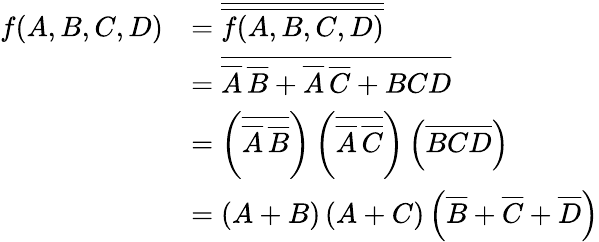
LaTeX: {\begin{array}{rl}{f(A,B,C,D)}&{={\overline{{\overline{{f(A,B,C,D)}}}}}}\\ &{={\overline{{{\overline{{A}}}\, {\overline{{B}}}+{\overline{{A}}}\, {\overline{{C}}}+BCD}}}}\\ &{=\left({\overline{{{\overline{{A}}}\, {\overline{{B}}}}}}\right)\left({\overline{{{\overline{{A}}}\, {\overline{{C}}}}}}\right)\left({\overline{{BCD}}}\right)}\\ &{=\left(A+B\right)\left(A+C\right)\left({\overline{{B}}}+{\overline{{C}}}+{\overline{{D}}}\right)}\end{array}}